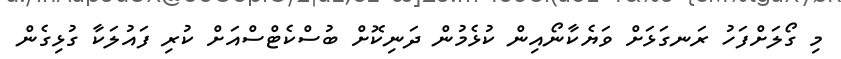
މި ގޯލަށްފަހު ރަނގަޅަށް ވަޔެކާނޯއިން ކުޅެމުން ދަނިކޮށް ބުސްކެޓްސްއަށް ކުރި ފައުލަކާ ގުޅިގެން